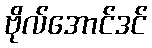
ဗိုလ်အောင်ဒင်